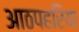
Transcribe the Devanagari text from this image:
आठपहरिया